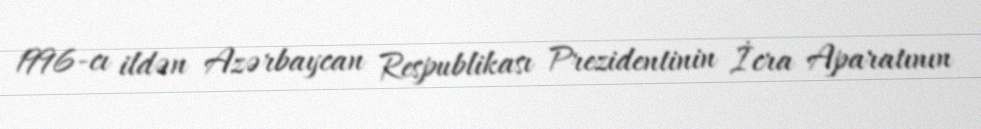
1996-cı ildən Azərbaycan Respublikası Prezidentinin İcra Aparatının